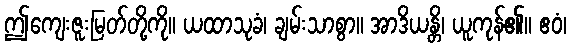
ဤကျေးဇူးမြတ်တို့ကို။ ယထာသုခံ၊ ချမ်းသာစွာ။ အာဒိယန္တိ၊ ယူကုန်၏။ ဧဝံ၊